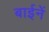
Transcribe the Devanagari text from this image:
बाईनें